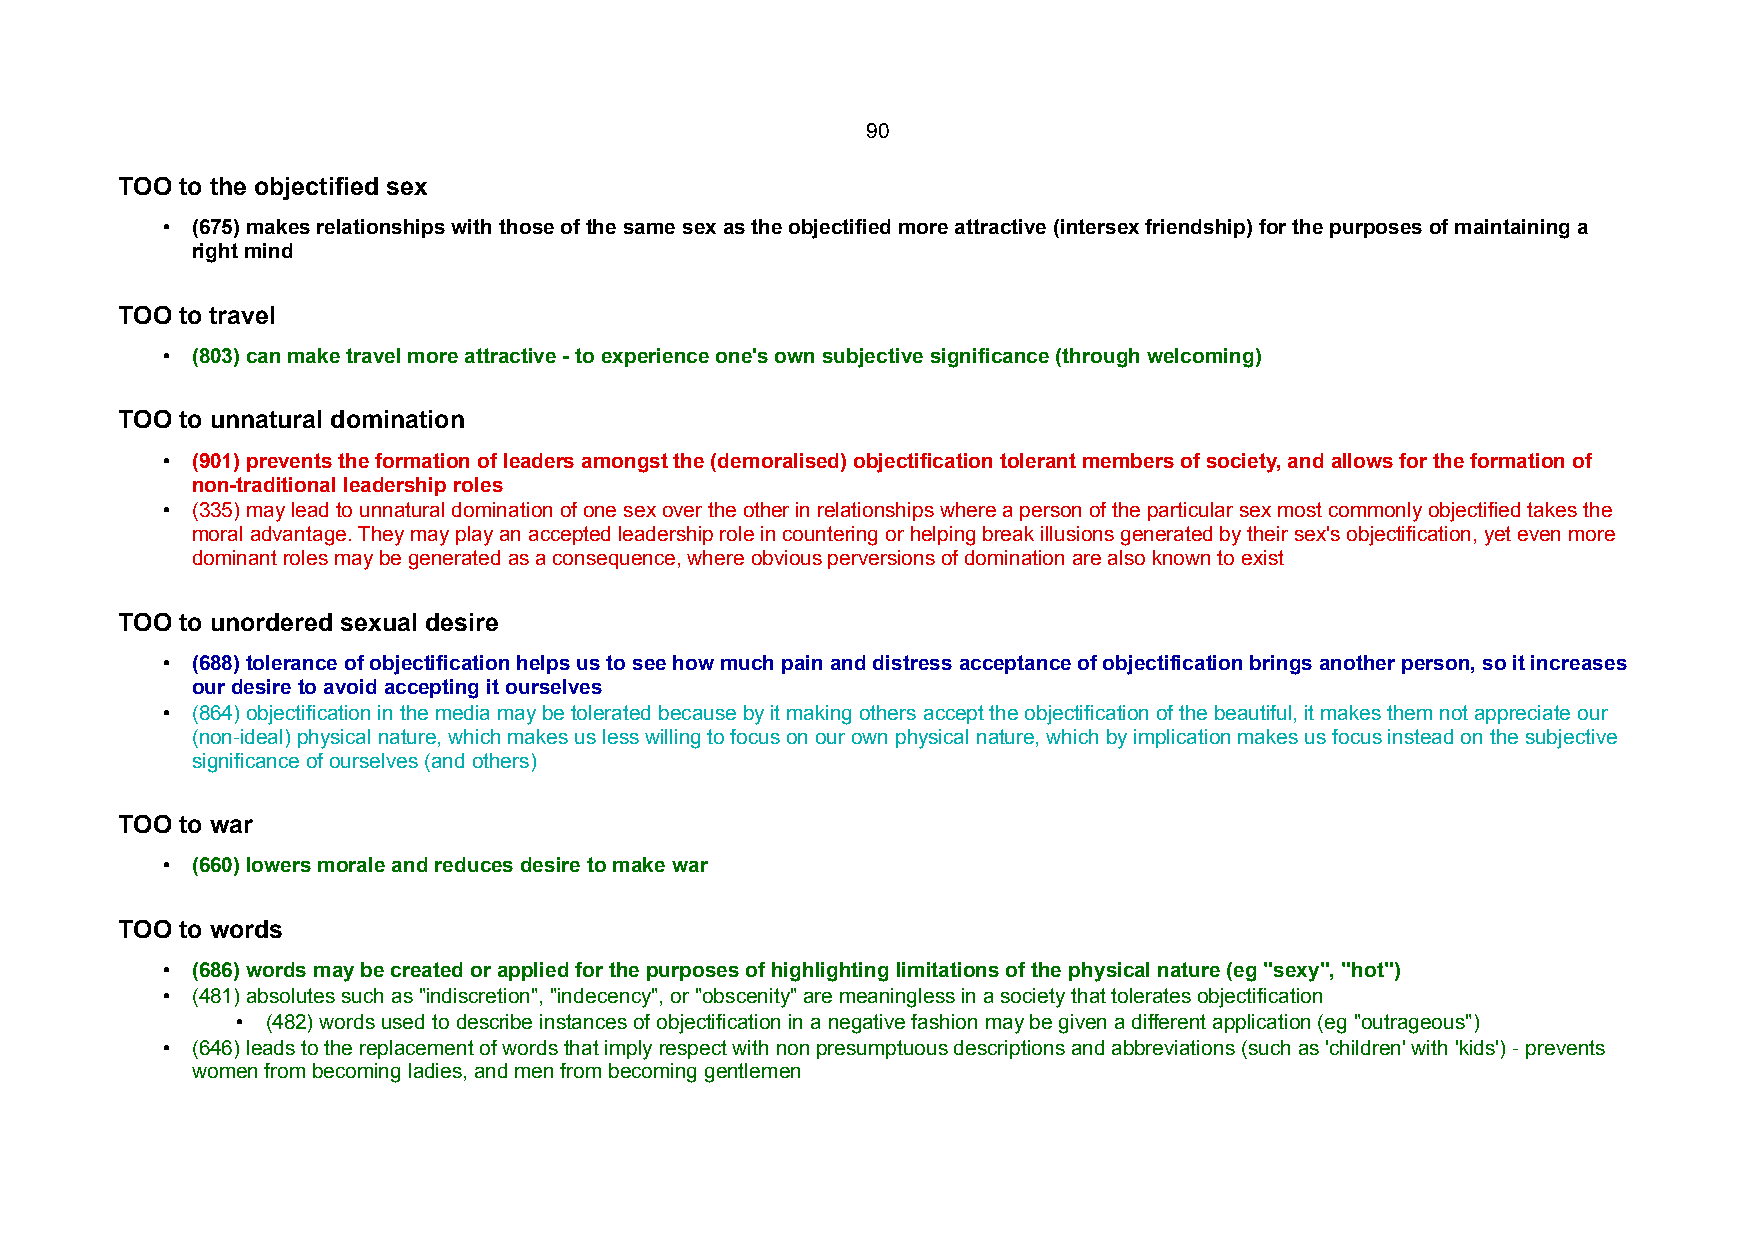
90
 TOO to the objectified sex
 • (675) makes relationships with those of the same sex as the objectified more attractive (intersex friendship) for the purposes of maintaining a
 right mind
 TOO to travel
 • (803) can make travel more attractive - to experience one's own subjective significance (through welcoming)
 TOO to unnatural domination
 • (901) prevents the formation of leaders amongst the (demoralised) objectification tolerant members of society, and allows for the formation of
 non-traditional leadership roles
 • (335) may lead to unnatural domination of one sex over the other in relationships where a person of the particular sex most commonly objectified takes the
 moral advantage. They may play an accepted leadership role in countering or helping break illusions generated by their sex's objectification, yet even more
 dominant roles may be generated as a consequence, where obvious perversions of domination are also known to exist
 TOO to unordered sexual desire
 • (688) tolerance of objectification helps us to see how much pain and distress acceptance of objectification brings another person, so it increases
 our desire to avoid accepting it ourselves
 • (864) objectification in the media may be tolerated because by it making others accept the objectification of the beautiful, it makes them not appreciate our
 (non-ideal) physical nature, which makes us less willing to focus on our own physical nature, which by implication makes us focus instead on the subjective
 significance of ourselves (and others)
 TOO to war
 • (660) lowers morale and reduces desire to make war
 TOO to words
 • (686) words may be created or applied for the purposes of highlighting limitations of the physical nature (eg "sexy", "hot")
 • (481) absolutes such as "indiscretion", "indecency", or "obscenity" are meaningless in a society that tolerates objectification
 • (482) words used to describe instances of objectification in a negative fashion may be given a different application (eg "outrageous")
 • (646) leads to the replacement of words that imply respect with non presumptuous descriptions and abbreviations (such as 'children' with 'kids') - prevents
 women from becoming ladies, and men from becoming gentlemen